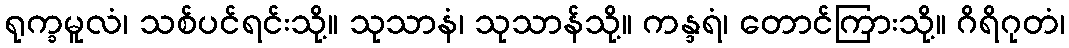
ရုက္ခမူလံ၊ သစ်ပင်ရင်းသို့။ သုသာနံ၊ သုသာန်သို့။ ကန္ဒရံ၊ တောင်ကြားသို့။ ဂိရိဂုတံ၊